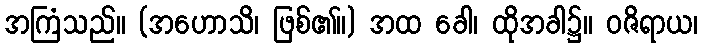
အကြံသည်။ (အဟောသိ၊ ဖြစ်၏။) အထ ခေါ၊ ထိုအခါ၌။ ဝဇိရာယ၊